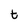
Character: t